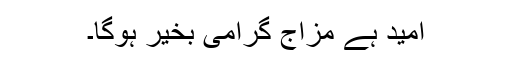
امید ہے مزاج گرامی بخیر ہوگا۔